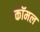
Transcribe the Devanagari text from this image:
कॉमल